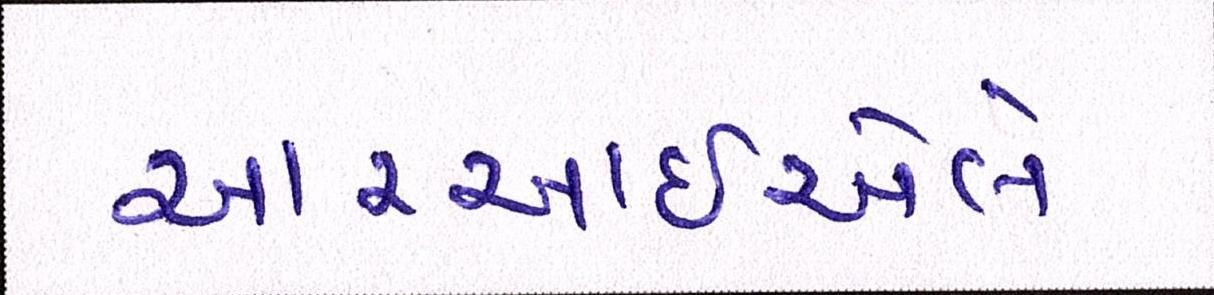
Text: આરઆઇએલે